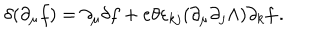
\delta ( \partial _ { \mu } f ) = \partial _ { \mu } \delta f + e \theta \varepsilon _ { k j } ( \partial _ { \mu } \partial _ { j } \Lambda ) \partial _ { k } f \, .